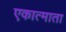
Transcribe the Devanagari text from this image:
एकात्माता